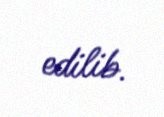
edilib.